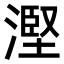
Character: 𣻹